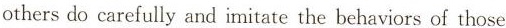
others do carefully and imitate the behaviors of those